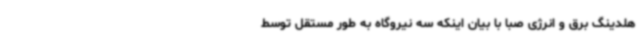
هلدینگ برق و انرژی صبا با بیان اینکه سه نیروگاه به طور مستقل توسط